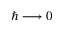
\hbar \longrightarrow 0